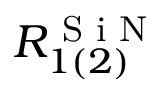
R _ { 1 ( 2 ) } ^ { \textrm { S i N } }